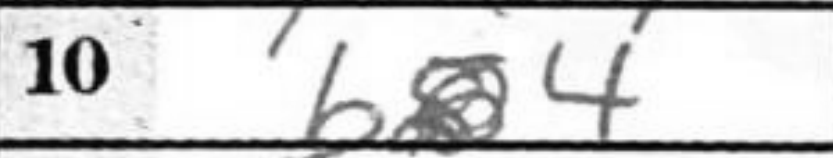
Transcription: b4